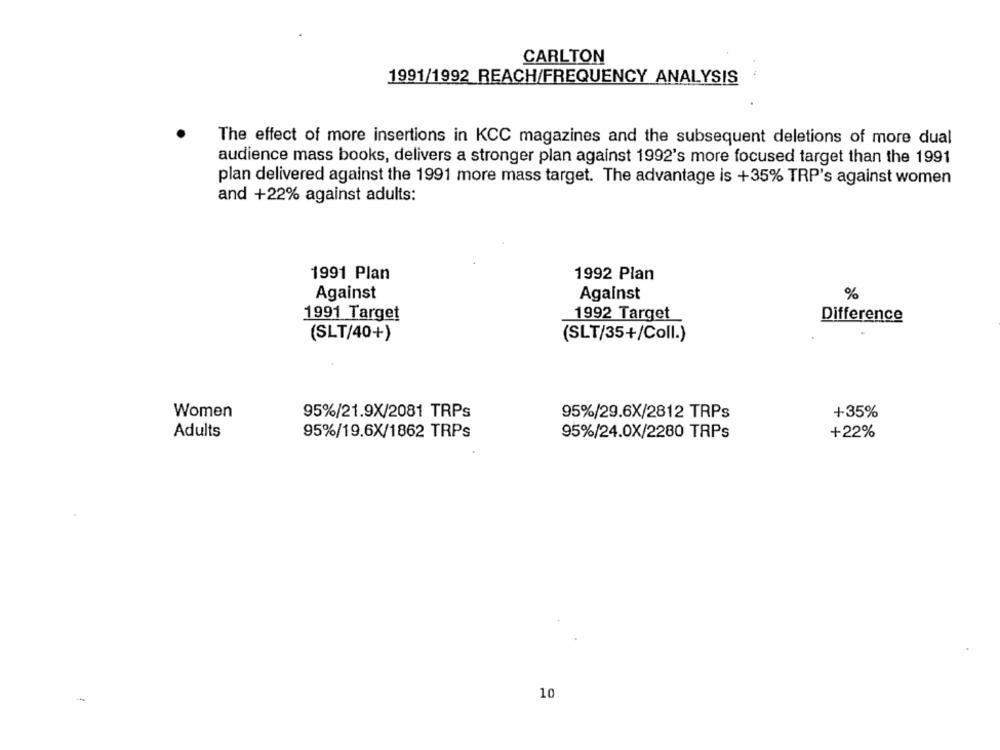
CARLTON
1991/1992 REACH/FREQUENCY ANALYSIS
The effect of more insertions in KCC magazines and the subsequent deletions of more dual
audience mass books, delivers a stronger plan against 1992's more focused target than the 1991
plan delivered against the 1991 more mass target. The advantage is +35% TRP's against women
and +22% against adults:
1991 Plan
1992 Plan
Against
Against
%
1991 Target
1992 Target
Difference
(SLT/40+)
(SLT/35+/Coll.)
Women
95%/21.9X/2081 TRPs
95%/29.6X/2812 TRPs
+35%
Adults
95%/19.6X/1862 TRPs
95%/24.0X/2280 TRPs
+22%
10